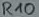
Text: R10